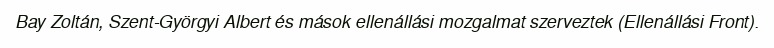
Bay Zoltán, Szent-Györgyi Albert és mások ellenállási mozgalmat szerveztek (Ellenállási Front).